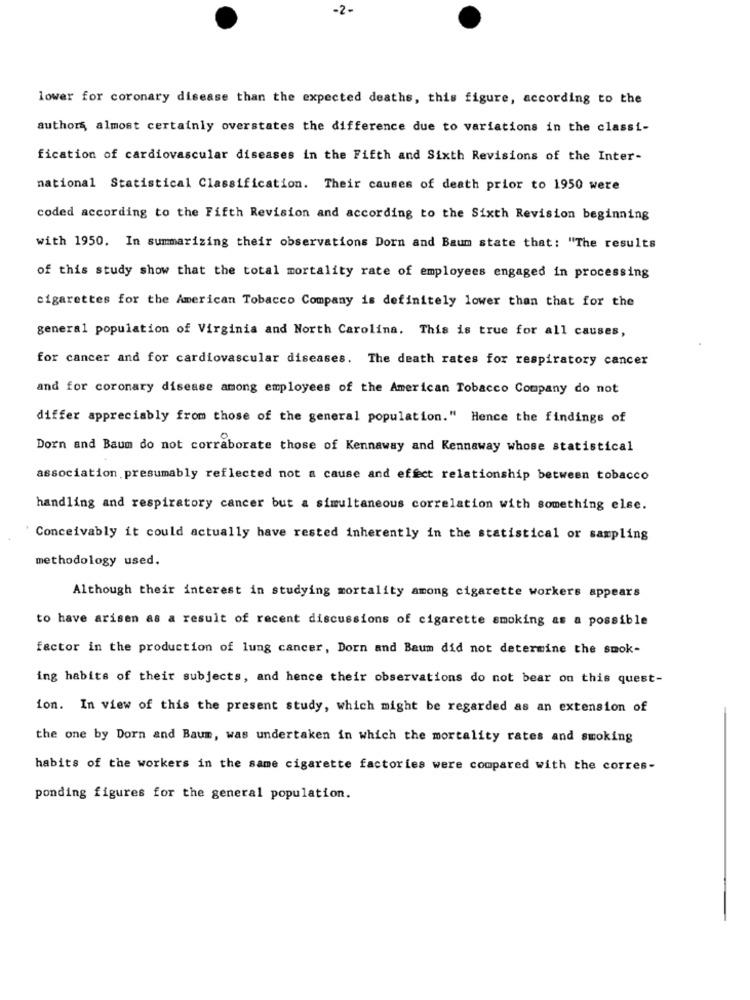
-2-
lower for coronary disease than the expected deaths, this figure, according to the
authors, almost certainly overstates the difference due to variations in the classi-
fication of cardiovascular diseases in the Fifth and Sixth Revisions of the Inter-
national Statistical Classification. Their causes of death prior to 1950 were
coded according to the Fifth Revision and according to the Sixth Revision beginning
with 1950. In summarizing their observations Dorn and Baum state that: "The results
of this study show that the total mortality rate of employees engaged in processing
cigarettes for the American Tobacco Company is definitely lower than that for the
general population of Virginia and North Carolina. This is true for all causes,
for cancer and for cardiovascular diseases. The death rates for respiratory cancer
and for coronary disease among employees of the American Tobacco Company do not
differ appreciably from those of the general population." Hence the findings of
Dorn and Baum do not corraborate those of Kennaway and Kennaway whose statistical
association.presumably reflected not a cause and effect relationship between tobacco
handling and respiratory cancer but a simultaneous correlation with something else.
Conceivably it could actually have rested inherently in the statistical or sampling
methodology used.
Although their interest in studying mortality among cigarette workers appears
to have arisen as a result of recent discussions of cigarette smoking as a possible
factor in the production of lung cancer, Dorn and Baum did not determine the smok-
ing habits of their subjects, and hence their observations do not bear on this quest-
ion. In view of this the present study, which might be regarded as an extension of
the one by Dorn and Baum, was undertaken in which the mortality rates and smoking
habits of the workers in the same cigarette factories were compared with the corres-
ponding figures for the general population.